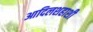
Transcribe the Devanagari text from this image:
आदिलशहाशी